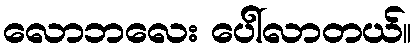
လောဘလေး ပေါ်လာတယ်။